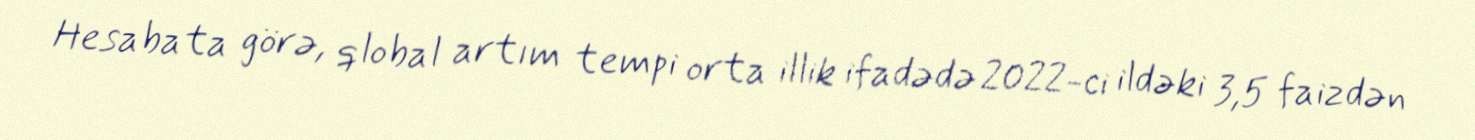
Hesabata görə, qlobal artım tempi orta illik ifadədə 2022-ci ildəki 3,5 faizdən